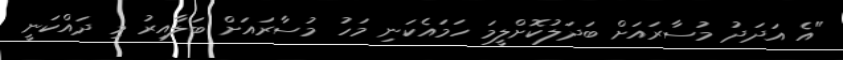
"އެ އަދަދު މުސާރައަށް ބަދަލުކޮށްލީމަ ހަމައެކަނި މަހު މުސާރައަށް ބަލާއިރު މި ދައްކަނީ